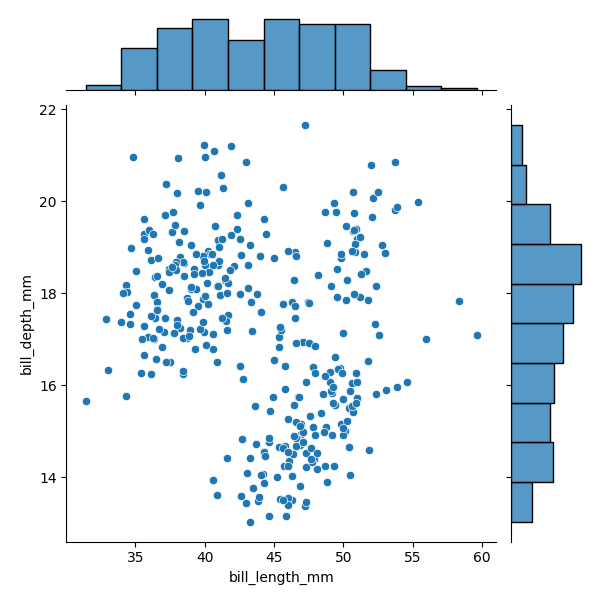
python, seaborn, JointGrid, scatterplot, histplot